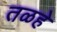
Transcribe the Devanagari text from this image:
तळहे